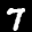
Label: 7